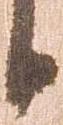
日